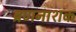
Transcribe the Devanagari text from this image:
ब्रणनाशक